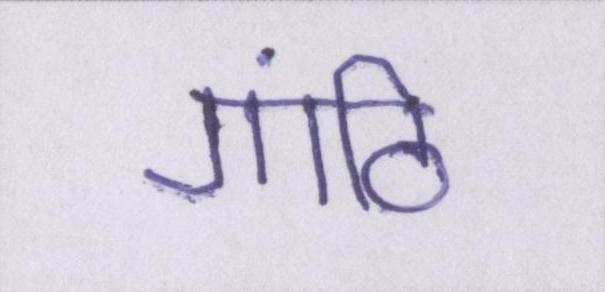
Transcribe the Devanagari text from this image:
गांठि